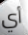
أي